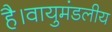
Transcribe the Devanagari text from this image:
है।वायुमंडलीय